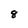
Character: 8